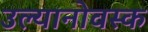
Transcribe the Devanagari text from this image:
उल्यानोवस्क